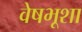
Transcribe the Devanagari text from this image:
वेषभूशा